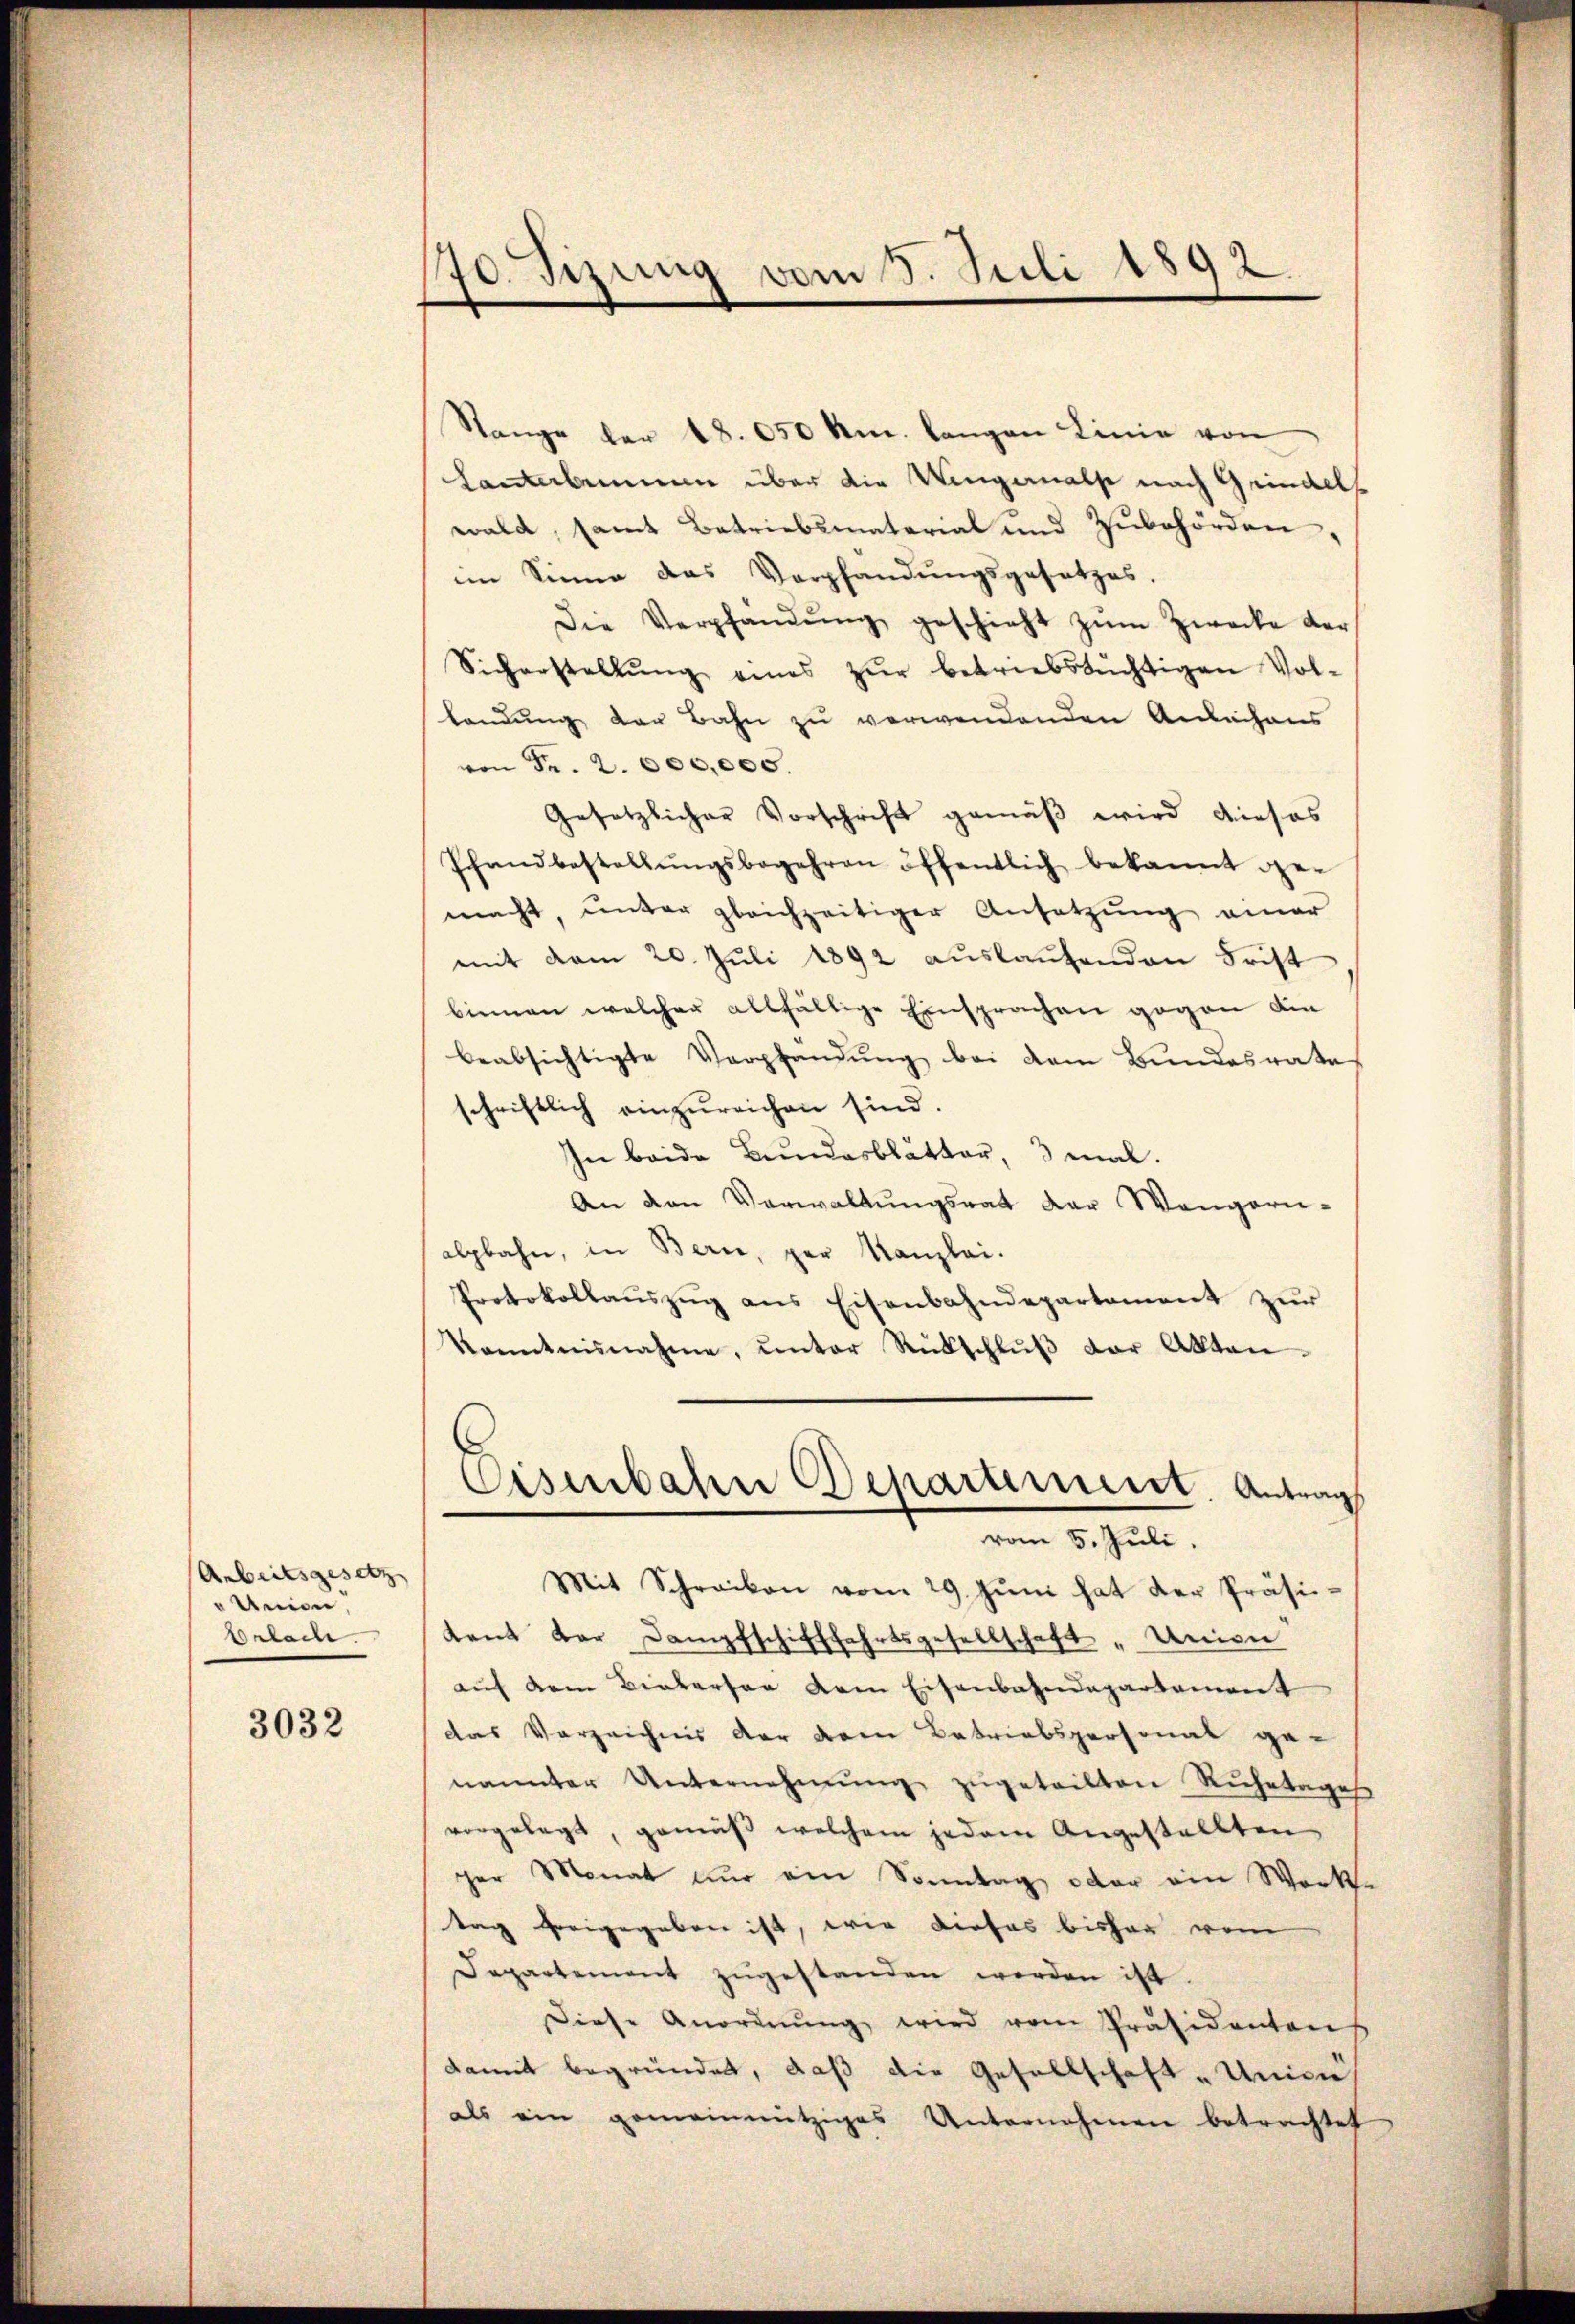
Arbeitsgesetz
"Union
brlach.

3032

70 Tizung vom 8. Juli 1892.

Stange der 48. 650 Anm. langen Linie von
Lanterbemmen über die Wengernalse nach Grindels
wald, samt Betriebsmaterial und Zubehörden,
im Sinne das Vorpfandungsgesetzes.
Die Verpfändŭng geschieht zŭm Zwecke der
Sicherstellŭng eines zŭr betriebstüchtigen Vol-
landung der Bahn zu verwendenden Anleihens
von Fr. 2. 000,000.
Gesetzlicher Vorschrift gemäß wird dieses
Pfandbestellŭngsbegehren öffentlich bekannt ge-
macht, unter gleichzeitiger Ansatzung einer
mit dem 20. Juli 1892 auslaufenden Frist
bieman welcher allfällige Einsprachen gegen ain
beabsichtigte Verpfandung bei dem Bundesrate
schriftlich einzureichen sind.
In beide Bundesblätter, 3 mal.
An den Verwaltŭngsrat der Wangern-
alpbahn, in Bern, per Kanzlei.
Protokollaŭszŭg ans Eisenbahndepartement zur
kanntnisnahme, ŭnter Rückschlŭβ der Akten.
Eisenbahn Departement. Antrag
vom 5. Juli.
Mit Schreiben vom 29. Jŭni hat der Präsitant der Dampfschifffahrtsgesellschaft „Union
auf dem Bieberser dem Eisenbahndepartement
das Vorzeichnis der dem Betriebspersonal ge-
nannter Unternehmŭng zŭgeteilten Ruhetages
vorgelegt, gemäβ welchem jedem Angestellten
ger Monat nŭr ein Sonntag oder ein Werke
tag freigegeben ist, wie dieses bisher vom
Departement zŭgestanden werden ist.
Diese Anordnŭng wird vom Präsidentens
damit begründet, daß die Gesellschaft Unive
als ein gemeinnütziges Unternehmen betrachtet